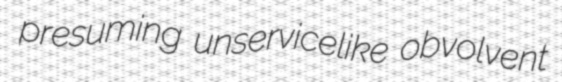
presuming unservicelike obvolvent